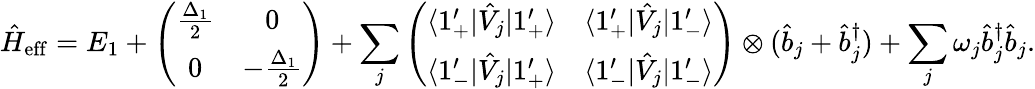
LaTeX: \hat{H}_{\mathrm{eff}}=E_{1}+\left(\begin{array}{cc}{\frac{\Delta_{1}}{2}}&{0}\\ {0}&{-\frac{\Delta_{1}}{2}}\end{array}\right)+\sum_{j}\left(\begin{array}{cc}{\langle 1_{+}^{\prime}|\hat{V}_{j}|1_{+}^{\prime}\rangle}&{\langle 1_{+}^{\prime}|\hat{V}_{j}|1_{-}^{\prime}\rangle}\\ {\langle 1_{-}^{\prime}|\hat{V}_{j}|1_{+}^{\prime}\rangle}&{\langle 1_{-}^{\prime}|\hat{V}_{j}|1_{-}^{\prime}\rangle}\end{array}\right)\otimes(\hat{b}_{j}+\hat{b}_{j}^{\dagger})+\sum_{j}\omega_{j}\hat{b}_{j}^{\dagger}\hat{b}_{j}.